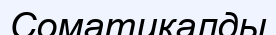
Соматикалды